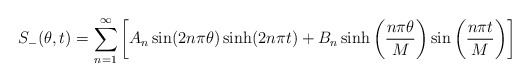
\begin{align*}\begin{aligned}S_-(\theta,t)= \sum_{n=1}^{\infty}\left[A_n \sin(2n\pi\theta)\sinh(2n\pi t)+B_n \sinh\left(\frac{n\pi\theta}{M}\right)\sin\left(\frac{n\pi t}{M}\right)\right]\\\end{aligned}\end{align*}